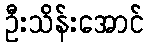
ဦးသိန်းအောင်